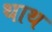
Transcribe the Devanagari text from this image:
थाथ